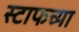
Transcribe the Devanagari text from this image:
स्टाफच्या